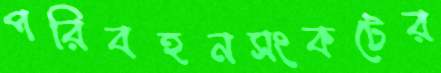
পরিবহনসংকটের